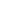
( )3.你想告诉苏海,你是杨玲,你可以说: _A.I'm Yang Ling. B.Are you Yang Ling? C.Hi,Yang Ling.